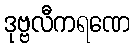
ဒုဗ္ဗလီကရဏေ